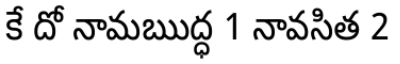
కే దో నామఋద్ధ 1 నావసిత 2